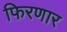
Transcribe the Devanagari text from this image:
फिरणार